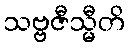
သဗ္ဗဇီသ္မီတိ